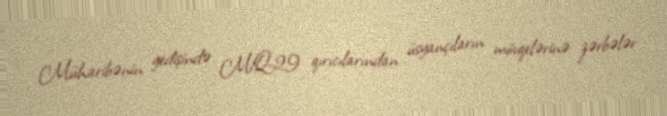
Müharibənin gedişində MiQ-29 qırıcılarından üsyançıların mövqelərinə zərbələr